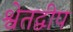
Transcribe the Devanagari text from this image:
श्वेतद्वीप